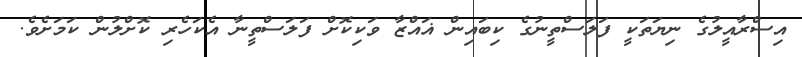
އިސްރާއީލުގެ ނިޔަތަކީ ފަލަސްތީނުގެ ކިބައިން ޣައްޒާ ވަކިކޮށް ފަލަސްތީނާ އެކަހެރި ކޮށްލުން ކަމަށެވެ.